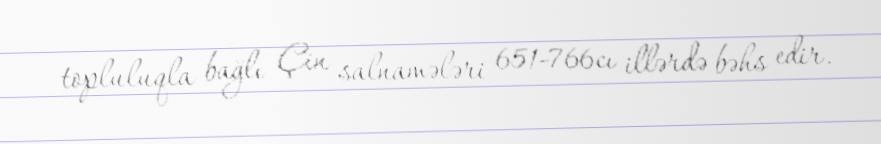
topluluqla bağlı Çin salnamələri 651-766cı illərdə bəhs edir.